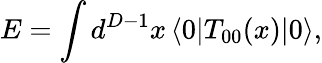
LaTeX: E=\int d^{D-1}x\, \langle 0|T_{00}(x)|0\rangle,